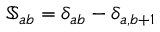
\mathbb { S } _ { a b } = \delta _ { a b } - \delta _ { a , b + 1 }